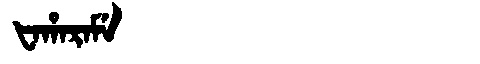
Manchu: ᡶᠠᡥᠠᡵᠠᠮᡝ
Romanization: FAHARAME